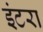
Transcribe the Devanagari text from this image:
इंटरा